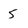
Character: 5